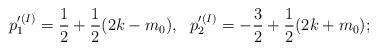
LaTeX: \begin{align*}p'^{(I)}_1=\frac{1}{2}+\frac{1}{2}(2k-m_0),~~p'^{(I)}_2=-\frac{3}{2}+\frac{1}{2}(2k+m_0);\end{align*}